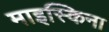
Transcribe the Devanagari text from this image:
माइस्किना